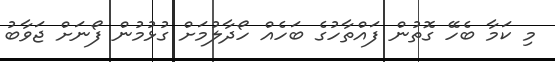
މި ކަމާ ބެހޭ ގޮތުން ފައްތާހުގެ ބަހެއް ހޯދާލުމަށް ގުޅުމުން ފޯނަށް ޖަވާބު